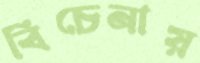
বিচেনায়